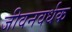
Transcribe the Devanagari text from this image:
जीवनवर्धक